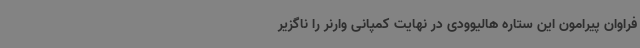
فراوان پیرامون این ستاره هالیوودی در نهایت کمپانی وارنر را ناگزیر